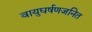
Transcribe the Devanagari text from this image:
वायुघर्षणजनित